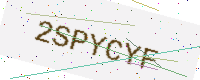
Text: 2SPYCYF